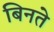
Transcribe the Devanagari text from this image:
बिनते